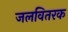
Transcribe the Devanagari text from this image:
जलवितरक